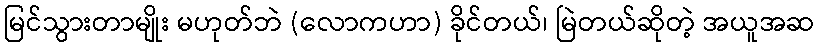
မြင်သွားတာမျိုး မဟုတ်ဘဲ (လောကဟာ) ခိုင်တယ်၊ မြဲတယ်ဆိုတဲ့ အယူအဆ